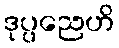
ဒုပ္ပညေဟိ